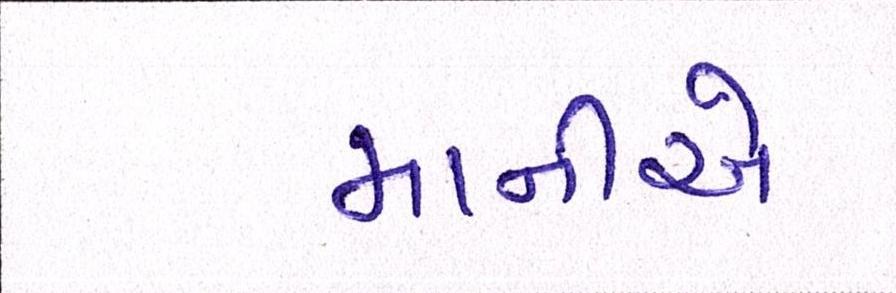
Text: માનીએ